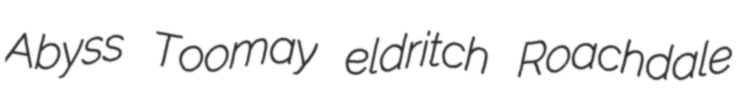
Abyss Toomay eldritch Roachdale